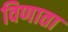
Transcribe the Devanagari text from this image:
विणाता